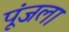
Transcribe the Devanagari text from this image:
पूंजला